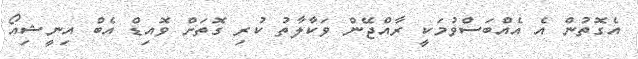
އެގޮތުން އެ އެއްބަސްވުމަކީ ރާއްޖޭން ވަކާލާތު ކުރި ގޮތަށް ވޮއިޑް އެބް އިނީޝިއޯ